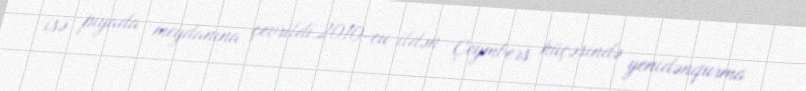
isə piyada meydanına çevrildi.2010-cu ildən Çeymbers küçəsində yenidənqurma